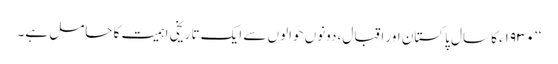
‘‘ ١٩٣٠ء کا سال پاکستان اور اقبال، دونوں حوالوں سے ایک تاریخی اہمیت کا حامل ہے۔